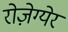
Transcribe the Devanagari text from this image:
रोज़ेग्येर